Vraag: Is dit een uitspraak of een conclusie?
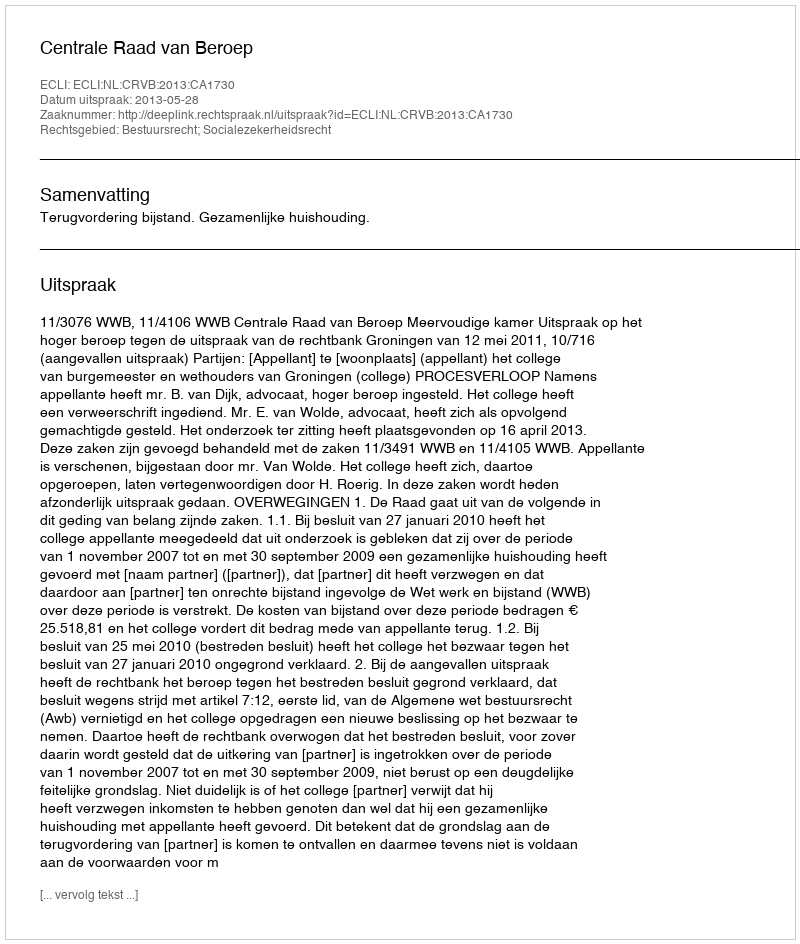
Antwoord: Uitspraak